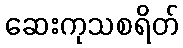
ဆေးကုသစရိတ်